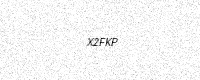
Text: X2FKP